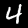
Digit: 4